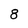
Character: 8